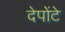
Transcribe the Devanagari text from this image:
देपोंटे